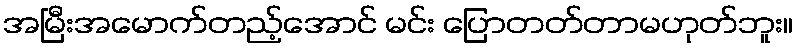
အမြီးအမောက်တည့်အောင် မင်း ပြောတတ်တာမဟုတ်ဘူး။